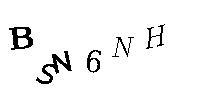
BSN6NH